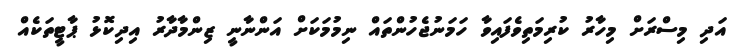
އަދި މިސްރަށް މިހާރު ކުރިމަތިވެފައިވާ ހަމަނުޖެހުންތައް ނިމުމަކަށް އަންނާނީ ޒިންމާދާރު އިދިކޮޅު ޕާޓީތަކެއް